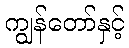
ကျွန်တော်နှင့်